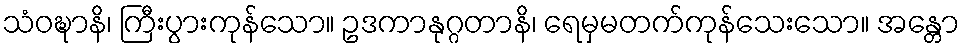
သံဝဍ္ဎာနိ၊ ကြီးပွားကုန်သော။ ဥဒကာနုဂ္ဂတာနိ၊ ရေမှမတက်ကုန်သေးသော။ အန္တော